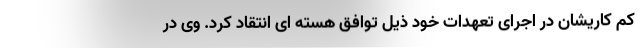
کم کاریشان در اجرای تعهدات خود ذیل توافق هسته ای انتقاد کرد. وی در